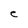
Character: C